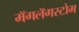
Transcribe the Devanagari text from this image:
मॅगलॅगस्टोम